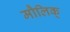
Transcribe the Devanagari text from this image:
मौलिक्